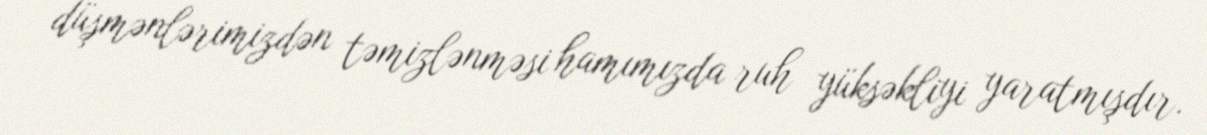
düşmənlərimizdən təmizlənməsi hamımızda ruh yüksəkliyi yaratmışdır.